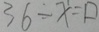
3 6 \div x = \square